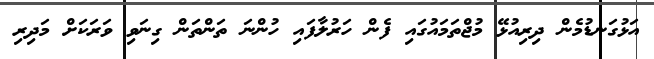
އަޅުގަނޑުމެން ދިރިއުޅޭ މުޖްތަމައުގައި ފެން ހަރުލާފައި ހުންނަ ތަންތަން ގިނަވި ވަރަކަށް މަދިރި